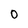
Character: 0